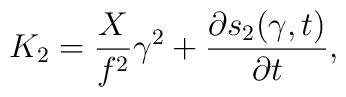
K_{2}=\frac{X }{f^{2} }\gamma^{2}+\frac{\partial s_{2}(\gamma,t)}{\partial t},